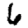
Digit: 6